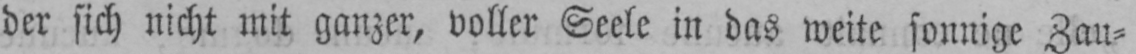
der sich nicht mit ganzer, voller Seele in das weite sonnige Zau⸗